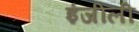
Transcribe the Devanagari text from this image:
इंजीली